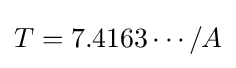
T=7.4163\cdots /A